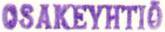
OSAKEYHTIÖ